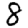
Digit: 8